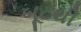
બૂટથી